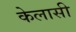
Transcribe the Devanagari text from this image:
केलासी